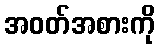
အဝတ်အစားကို